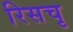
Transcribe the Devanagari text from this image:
रिसचृ